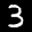
Digit: 3